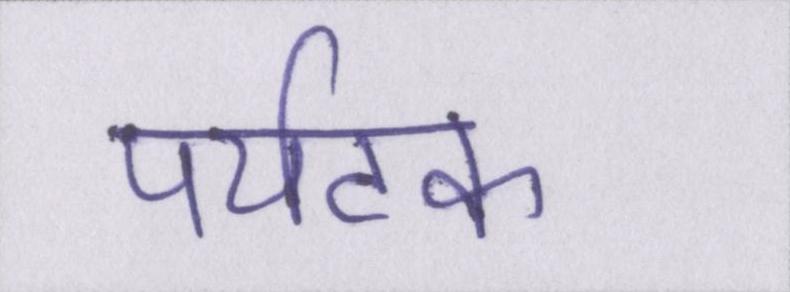
पर्यटक